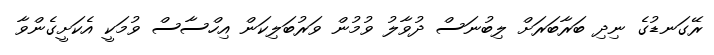
ރޭގަނޑުގެ ނިދި ބަރާބަރަށް ލިބުނަސް ދުވާލު ވުމުން ވަރުބަލިކަން އިހްސާސް ވުމަކީ އެކަށީގެންވާ